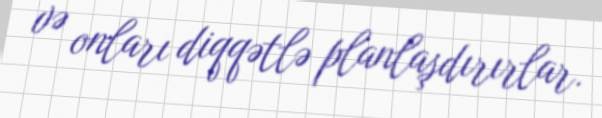
və onları diqqətlə planlaşdırırlar.